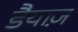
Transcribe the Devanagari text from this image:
डैयाज़